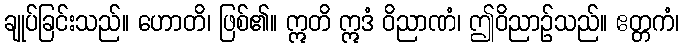
ချုပ်ခြင်းသည်။ ဟောတိ၊ ဖြစ်၏။ ဣတိ ဣဒံ ဝိညာဏံ၊ ဤဝိညာဉ်သည်။ ဧတ္တကံ၊